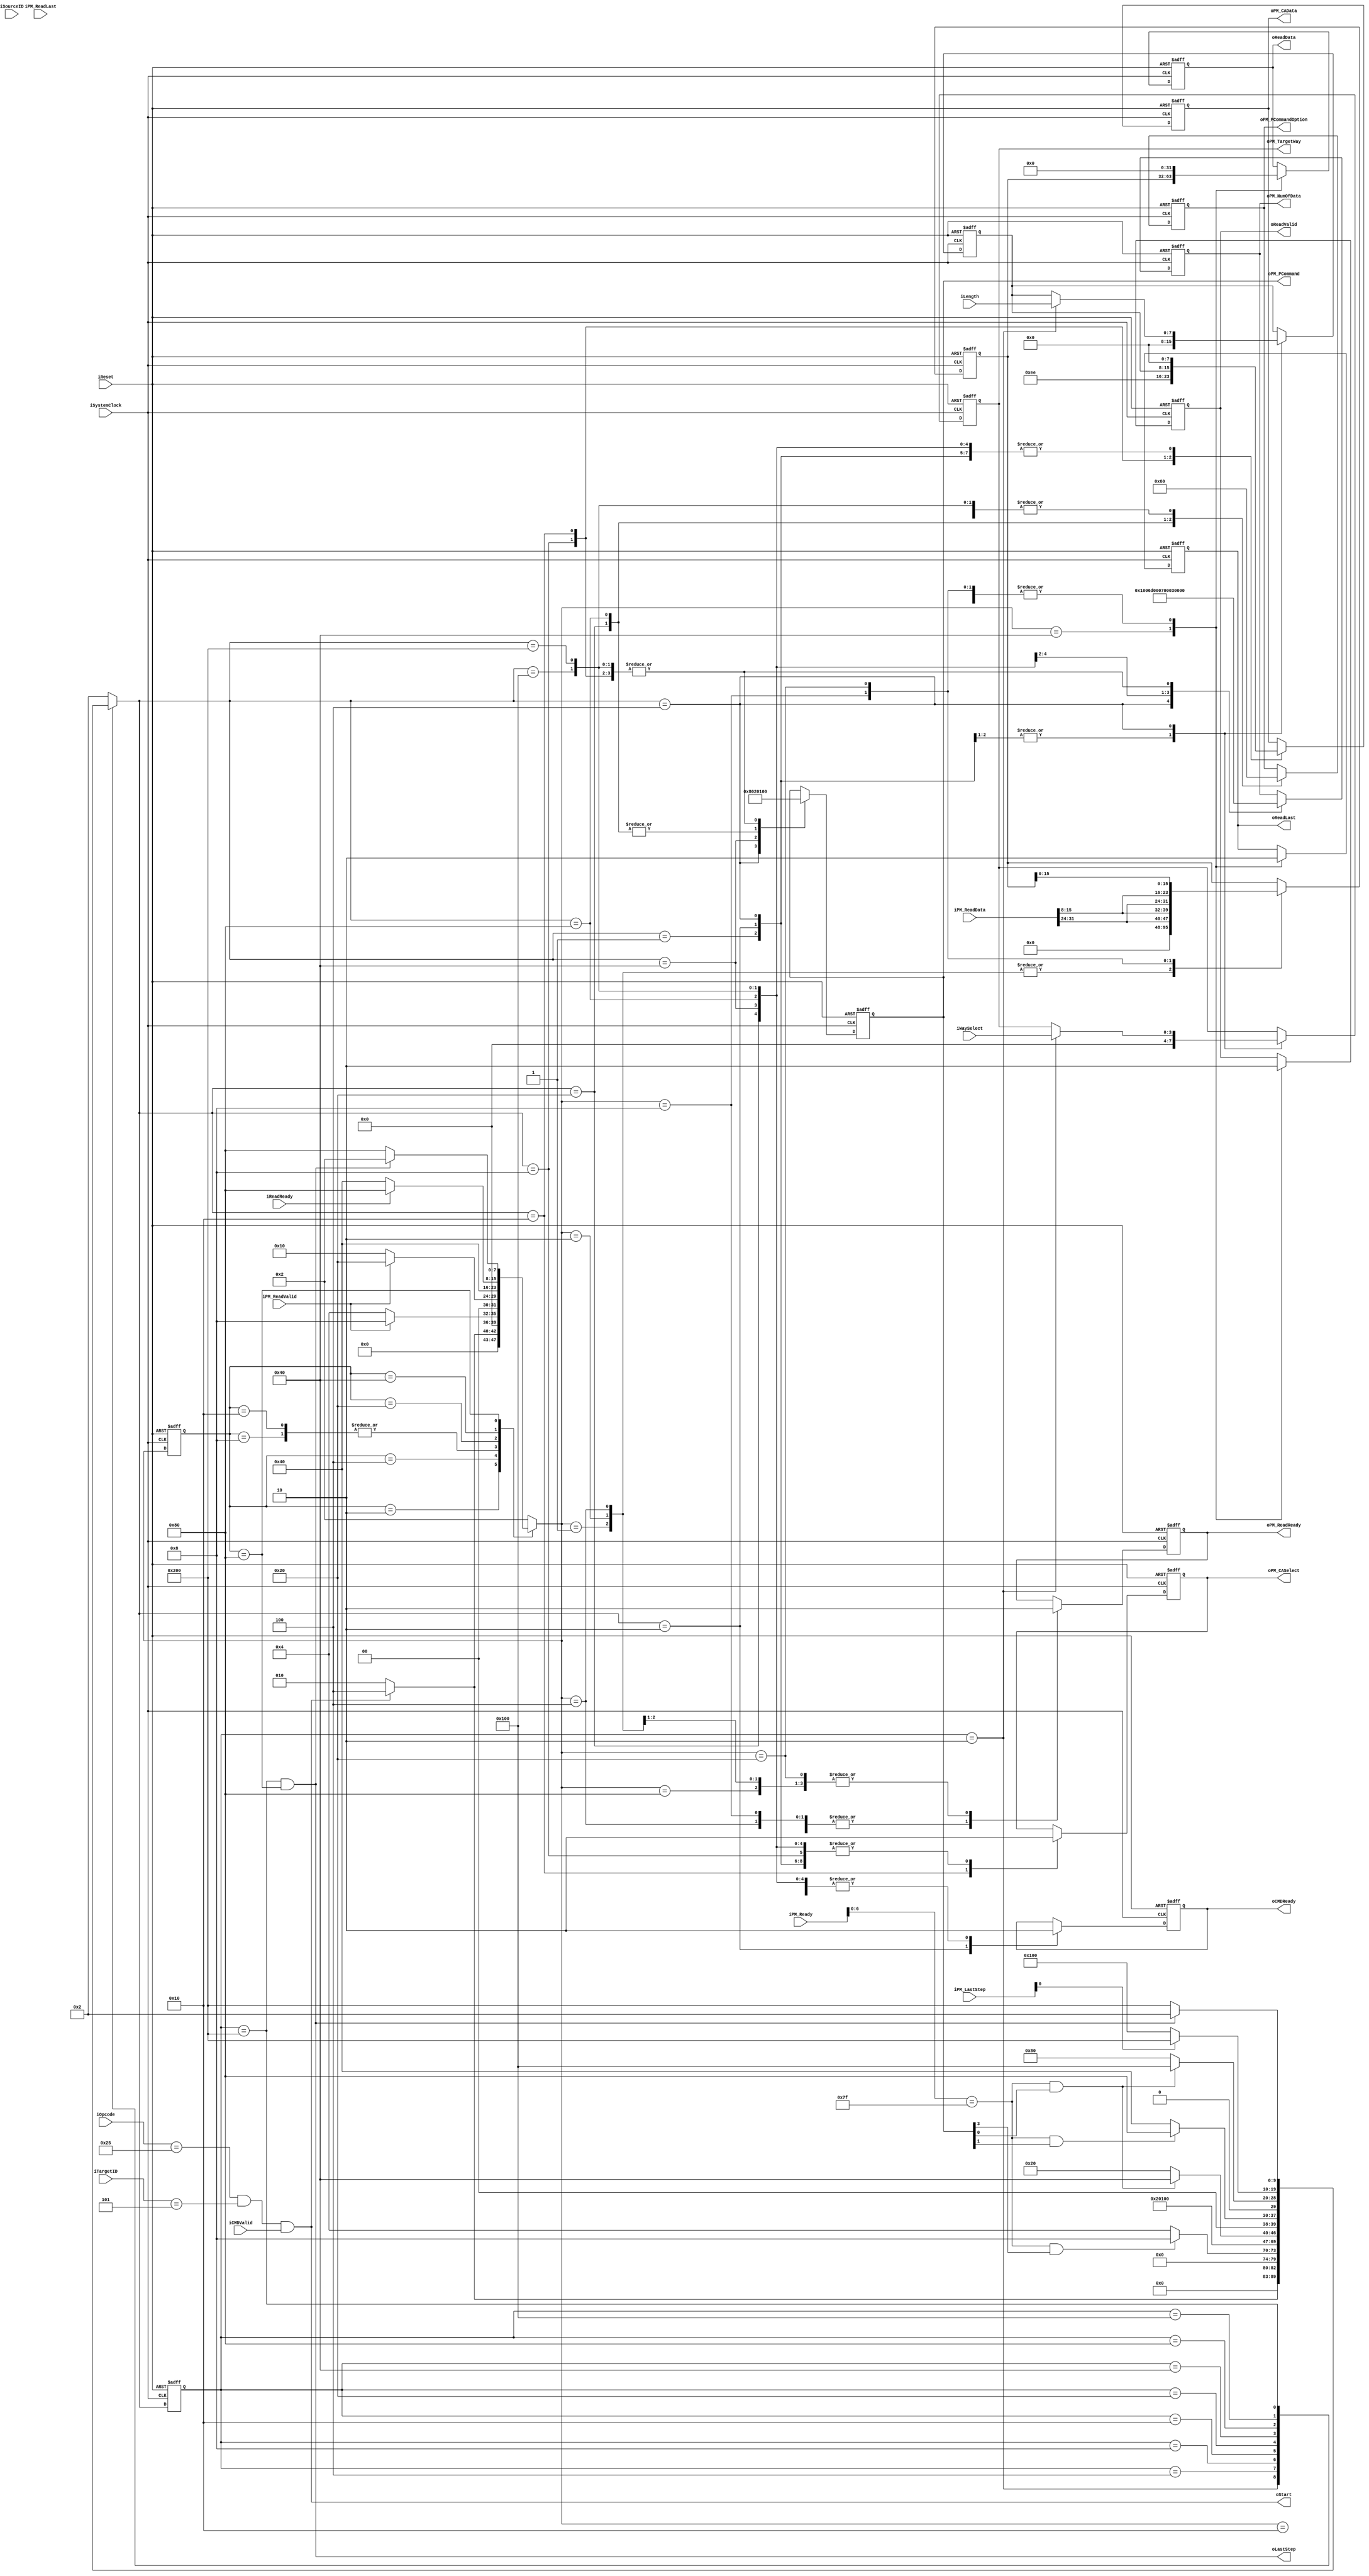
//////////////////////////////////////////////////////////////////////////////////
// NPCG_Toggle_MNC_getFT for Cosmos OpenSSD
// Copyright (c) 2015 Hanyang University ENC Lab.
// Contributed by Ilyong Jung <iyjung@enc.hanyang.ac.kr>
//                Yong Ho Song <yhsong@enc.hanyang.ac.kr>
//
// This file is part of Cosmos OpenSSD.
//
// Cosmos OpenSSD is free software; you can redistribute it and/or modify
// it under the terms of the GNU General Public License as published by
// the Free Software Foundation; either version 3, or (at your option)
// any later version.
//
// Cosmos OpenSSD is distributed in the hope that it will be useful,
// but WITHOUT ANY WARRANTY; without even the implied warranty of
// MERCHANTABILITY or FITNESS FOR A PARTICULAR PURPOSE.
// See the GNU General Public License for more details.
//
// You should have received a copy of the GNU General Public License
// along with Cosmos OpenSSD; see the file COPYING.
// If not, see <http://www.gnu.org/licenses/>. 
//////////////////////////////////////////////////////////////////////////////////

//////////////////////////////////////////////////////////////////////////////////
// Company: ENC Lab. <http://enc.hanyang.ac.kr>
// 
// Project Name: Cosmos OpenSSD
// Design Name: NPCG_Toggle_MNC_getFT
// Module Name: NPCG_Toggle_MNC_getFT
//
// Version: v1.0.0
//
// Description: Get feature execution FSM
//
//////////////////////////////////////////////////////////////////////////////////

//////////////////////////////////////////////////////////////////////////////////
// Revision History:
//
// * v1.0.0
//   - first draft, known issue: error on contiguous execution
//////////////////////////////////////////////////////////////////////////////////
`timescale 1ns / 1ps

module NPCG_Toggle_MNC_getFT
#
(
    parameter NumberOfWays    =   4
)
(
    iSystemClock        ,
    iReset              ,
    iOpcode             ,
    iTargetID           ,
    iSourceID           ,
    iLength             , 
    iCMDValid           ,
    oCMDReady           ,
    oReadData           ,
    oReadLast           ,
    oReadValid          ,
    iReadReady          ,
    iWaySelect          ,
    oStart              ,
    oLastStep           ,
    iPM_Ready           ,
    iPM_LastStep        ,
    oPM_PCommand        ,
    oPM_PCommandOption  ,
    oPM_TargetWay       ,
    oPM_NumOfData       ,
    oPM_CASelect        ,
    oPM_CAData          ,
    iPM_ReadData        ,
    iPM_ReadLast        ,
    iPM_ReadValid       ,
    oPM_ReadReady
);
    input                           iSystemClock            ;
    input                           iReset                  ;
    input   [5:0]                   iOpcode                 ;
    input   [4:0]                   iTargetID               ;
    input   [4:0]                   iSourceID               ;
    input   [7:0]                   iLength                 ; 
    input                           iCMDValid               ;
    output                          oCMDReady               ;
    output  [31:0]                  oReadData               ;
    output                          oReadLast               ;
    output                          oReadValid              ;
    input                           iReadReady              ;
    input   [NumberOfWays - 1:0]    iWaySelect              ;
    output                          oStart                  ;
    output                          oLastStep               ;
    input   [7:0]                   iPM_Ready               ;
    input   [7:0]                   iPM_LastStep            ;
    output  [7:0]                   oPM_PCommand            ;
    output  [2:0]                   oPM_PCommandOption      ;
    output  [NumberOfWays - 1:0]    oPM_TargetWay           ;
    output  [15:0]                  oPM_NumOfData           ;
    output                          oPM_CASelect            ;
    output  [7:0]                   oPM_CAData              ;
    input   [31:0]                  iPM_ReadData            ;
    input                           iPM_ReadLast            ;
    input                           iPM_ReadValid           ;
    output                          oPM_ReadReady           ;
    
    // FSM Parameters/Wires/Regs
    localparam gFT_FSM_BIT = 10; // set Feature
    localparam gFT_RESET = 10'b00000_00001;
    localparam gFT_READY = 10'b00000_00010;
    localparam gFT_CALST = 10'b00000_00100; // capture, CAL start
    localparam gFT_CALD0 = 10'b00000_01000; // CA data 0
    localparam gFT_CALD1 = 10'b00000_10000; // CA data 1
    localparam gFT_TM1ST = 10'b00001_00000; // Timer1 start
    localparam gFT_DI_ST = 10'b00010_00000; // DI start
    localparam gFT_TM2ST = 10'b00100_00000; // Timer2 start
    localparam gFT_WTMDN = 10'b01000_00000; // wait for Timer2 done
    localparam gFT_WAITD = 10'b10000_00000; // wait for request done
    
    reg     [gFT_FSM_BIT-1:0]       r_gFT_cur_state         ;
    reg     [gFT_FSM_BIT-1:0]       r_gFT_nxt_state         ;
    
    localparam pTF_FSM_BIT = 8; // parameter TransFer
    localparam pTF_RESET = 8'b0000_0001;
    localparam pTF_READY = 8'b0000_0010;
    localparam pTF_STDB0 = 8'b0000_0100; // standby 0
    localparam pTF_CPTP0 = 8'b0000_1000; // parameter capture 0: R-P0, R-P1
    localparam pTF_STDB1 = 8'b0001_0000; // standby 1
    localparam pTF_CPTP1 = 8'b0010_0000; // parameter capture 1: R-P2, R-P3
    localparam pTF_PTRSF = 8'b0100_0000; // parameter transfer: R-P0, R-P1, R-P2, R-P3
    localparam pTF_WAITD = 8'b1000_0000; // wait for request done
    
    reg     [pTF_FSM_BIT-1:0]       r_pTF_cur_state         ;
    reg     [pTF_FSM_BIT-1:0]       r_pTF_nxt_state         ;
    
    
    
    // Internal Wires/Regs
    reg     [4:0]                   rSourceID               ;
    
    reg     [7:0]                   rLength                 ;
    
    reg                             rCMDReady               ;
    
    reg     [31:0]                  rReadData               ;
    reg                             rReadLast               ;
    reg                             rReadValid              ;
    
    reg     [NumberOfWays - 1:0]    rWaySelect              ;
    
    wire                            wLastStep               ;
    
    reg     [7:0]                   rPM_PCommand            ;
    reg     [2:0]                   rPM_PCommandOption      ;
    reg     [15:0]                  rPM_NumOfData           ;
    
    reg                             rPM_CASelect            ;
    reg     [7:0]                   rPM_CAData              ;
    
    reg                             rPM_ReadReady           ;
    
    // parameter
    reg     [31:0]                  rParameter              ;
    
    // control signal
    wire                            wPCGStart               ;
    wire                            wCapture                ;
    
    wire                            wPMReady                ;
    
    wire                            wCALReady               ;
    wire                            wCALStart               ;
    wire                            wCALDone                ;
    
    wire                            wTMReady                ;
    wire                            wTMStart                ;
    wire                            wTMDone                 ;
    
    wire                            wDIReady                ;
    wire                            wDIStart                ;
    wire                            wDIDone                 ;
    
    
    
    // Control Signals
    // Flow Contorl
    assign wPCGStart = (iOpcode[5:0] == 6'b100101) & (iTargetID[4:0] == 5'b00101) & iCMDValid;
    assign wCapture = (r_gFT_cur_state[gFT_FSM_BIT-1:0] == gFT_READY);
    
    assign wPMReady = (iPM_Ready[6:0] == 7'b1111111);
    
    assign wCALReady = wPMReady;
    assign wCALStart = wCALReady & rPM_PCommand[3];
    assign wCALDone = iPM_LastStep[3];
    
    assign wTMReady = wPMReady;
    assign wTMStart = wTMReady & rPM_PCommand[0];
    assign wTMDone = iPM_LastStep[0];
    
    assign wDIReady = wPMReady;
    assign wDIStart = wDIReady & rPM_PCommand[1];
    assign wDIDone = iPM_LastStep[1];
    
    assign wLastStep = (r_gFT_cur_state[gFT_FSM_BIT-1:0] == gFT_WAITD) & (r_pTF_cur_state[pTF_FSM_BIT-1:0] == pTF_WAITD);
    
    
    
    // FSM: read STatus
    
    // update current state to next state
    always @ (posedge iSystemClock, posedge iReset) begin
        if (iReset) begin
            r_gFT_cur_state <= gFT_RESET;
        end else begin
            r_gFT_cur_state <= r_gFT_nxt_state;
        end
    end
    
    // deside next state
    always @ ( * ) begin
        case (r_gFT_cur_state)
        gFT_RESET: begin
            r_gFT_nxt_state <= gFT_READY;
        end
        gFT_READY: begin
            r_gFT_nxt_state <= (wPCGStart)? gFT_CALST:gFT_READY;
        end
        gFT_CALST: begin
            r_gFT_nxt_state <= (wCALStart)? gFT_CALD0:gFT_CALST;
        end
        gFT_CALD0: begin
            r_gFT_nxt_state <= gFT_CALD1;
        end
        gFT_CALD1: begin
            r_gFT_nxt_state <= gFT_TM1ST;
        end
        gFT_TM1ST: begin
            r_gFT_nxt_state <= (wTMStart)? gFT_DI_ST:gFT_TM1ST;
        end
        gFT_DI_ST: begin
            r_gFT_nxt_state <= (wDIStart)? gFT_TM2ST:gFT_DI_ST;
        end
        gFT_TM2ST: begin
            r_gFT_nxt_state <= (wTMStart)? gFT_WTMDN:gFT_TM2ST;
        end
        gFT_WTMDN: begin
            r_gFT_nxt_state <= (wTMDone)? gFT_WAITD:gFT_WTMDN;
        end
        gFT_WAITD: begin
            r_gFT_nxt_state <= (wLastStep)? gFT_READY:gFT_WAITD;
        end
        default:
            r_gFT_nxt_state <= gFT_READY;
        endcase
    end
    
    // state behaviour
    always @ (posedge iSystemClock, posedge iReset) begin
        if (iReset) begin
            rSourceID[4:0]                  <= 0;
            rLength[7:0]                    <= 0;
            rCMDReady                       <= 0;
            rWaySelect[NumberOfWays - 1:0]  <= 0;
            
            rPM_PCommand[7:0]               <= 0;
            rPM_PCommandOption[2:0]         <= 0;
            rPM_NumOfData[15:0]             <= 0;
            
            rPM_CASelect                    <= 0;
            rPM_CAData[7:0]                 <= 0;
        end else begin
            case (r_gFT_nxt_state)
                gFT_RESET: begin
                    rSourceID[4:0]                  <= 0;
                    rLength[7:0]                    <= 0;
                    rCMDReady                       <= 0;
                    rWaySelect[NumberOfWays - 1:0]  <= 0;
                    
                    rPM_PCommand[7:0]               <= 0;
                    rPM_PCommandOption[2:0]         <= 0;
                    rPM_NumOfData[15:0]             <= 0;
                    
                    rPM_CASelect                    <= 0;
                    rPM_CAData[7:0]                 <= 0;
                end
                gFT_READY: begin
                    rSourceID[4:0]                  <= 0;
                    rLength[7:0]                    <= 0;
                    rCMDReady                       <= 1;
                    rWaySelect[NumberOfWays - 1:0]  <= 0;
                    
                    rPM_PCommand[7:0]               <= 0;
                    rPM_PCommandOption[2:0]         <= 0;
                    rPM_NumOfData[15:0]             <= 0;
                    
                    rPM_CASelect                    <= 0;
                    rPM_CAData[7:0]                 <= 0;
                end
                gFT_CALST: begin
                    rSourceID[4:0]                  <= (wCapture)? iSourceID[4:0]:rSourceID[4:0];
                    rLength[7:0]                    <= (wCapture)? iLength[7:0]:rLength[7:0];
                    rCMDReady                       <= 0;
                    rWaySelect[NumberOfWays - 1:0]  <= (wCapture)? iWaySelect[NumberOfWays - 1:0]:rWaySelect[NumberOfWays - 1:0];
                    
                    rPM_PCommand[7:0]               <= 8'b0000_1000;
                    rPM_PCommandOption[2:0]         <= 0;
                    rPM_NumOfData[15:0]             <= 15'd1; // 2
                    
                    rPM_CASelect                    <= 0;
                    rPM_CAData[7:0]                 <= 0;
                end
                gFT_CALD0: begin
                    rSourceID[4:0]                  <= rSourceID[4:0];
                    rLength[7:0]                    <= rLength[7:0];
                    rCMDReady                       <= 0;
                    rWaySelect[NumberOfWays - 1:0]  <= rWaySelect[NumberOfWays - 1:0];
                    
                    rPM_PCommand[7:0]               <= 0;
                    rPM_PCommandOption[2:0]         <= 0;
                    rPM_NumOfData[15:0]             <= 0;
                    
                    rPM_CASelect                    <= 1'b0; // command
                    rPM_CAData[7:0]                 <= 8'hEE;
                end
                gFT_CALD1: begin
                    rSourceID[4:0]                  <= rSourceID[4:0];
                    rLength[7:0]                    <= rLength[7:0];
                    rCMDReady                       <= 0;
                    rWaySelect[NumberOfWays - 1:0]  <= rWaySelect[NumberOfWays - 1:0];
                    
                    rPM_PCommand[7:0]               <= 0;
                    rPM_PCommandOption[2:0]         <= 0;
                    rPM_NumOfData[15:0]             <= 0;
                    
                    rPM_CASelect                    <= 1'b1; // address
                    rPM_CAData[7:0]                 <= rLength[7:0];
                end
                gFT_TM1ST: begin
                    rSourceID[4:0]                  <= rSourceID[4:0];
                    rLength[7:0]                    <= rLength[7:0];
                    rCMDReady                       <= 0;
                    rWaySelect[NumberOfWays - 1:0]  <= rWaySelect[NumberOfWays - 1:0];
                    
                    rPM_PCommand[7:0]               <= 8'b0000_0001;
                    rPM_PCommandOption[2:0]         <= 3'b001; // CE on
                    rPM_NumOfData[15:0]             <= 16'd109; // 1100 ns
                    
                    rPM_CASelect                    <= 0;
                    rPM_CAData[7:0]                 <= 0;
                end
                gFT_DI_ST: begin
                    rSourceID[4:0]                  <= rSourceID[4:0];
                    rLength[7:0]                    <= rLength[7:0];
                    rCMDReady                       <= 0;
                    rWaySelect[NumberOfWays - 1:0]  <= rWaySelect[NumberOfWays - 1:0];
                    
                    rPM_PCommand[7:0]               <= 8'b0000_0010;
                    rPM_PCommandOption[2:0]         <= 3'b000; // byte input
                    rPM_NumOfData[15:0]             <= 16'd7; // 8
                    
                    rPM_CASelect                    <= 0;
                    rPM_CAData[7:0]                 <= 0;
                end
                gFT_TM2ST: begin
                    rSourceID[4:0]                  <= rSourceID[4:0];
                    rLength[7:0]                    <= rLength[7:0];
                    rCMDReady                       <= 0;
                    rWaySelect[NumberOfWays - 1:0]  <= rWaySelect[NumberOfWays - 1:0];
                    
                    rPM_PCommand[7:0]               <= 8'b0000_0001;
                    rPM_PCommandOption[2:0]         <= 3'b100;
                    rPM_NumOfData[15:0]             <= 16'd3; // 40 ns
                    
                    rPM_CASelect                    <= 0;
                    rPM_CAData[7:0]                 <= 0;
                end
                gFT_WTMDN: begin
                    rSourceID[4:0]                  <= rSourceID[4:0];
                    rLength[7:0]                    <= rLength[7:0];
                    rCMDReady                       <= 0;
                    rWaySelect[NumberOfWays - 1:0]  <= rWaySelect[NumberOfWays - 1:0];
                    
                    rPM_PCommand[7:0]               <= 0;
                    rPM_PCommandOption[2:0]         <= 0;
                    rPM_NumOfData[15:0]             <= 0;
                    
                    rPM_CASelect                    <= 0;
                    rPM_CAData[7:0]                 <= 0;
                end
                gFT_WAITD: begin
                    rSourceID[4:0]                  <= rSourceID[4:0];
                    rLength[7:0]                    <= rLength[7:0];
                    rCMDReady                       <= 0;
                    rWaySelect[NumberOfWays - 1:0]  <= rWaySelect[NumberOfWays - 1:0];
                    
                    rPM_PCommand[7:0]               <= 0;
                    rPM_PCommandOption[2:0]         <= 0;
                    rPM_NumOfData[15:0]             <= 0;
                    
                    rPM_CASelect                    <= 0;
                    rPM_CAData[7:0]                 <= 0;
                end
            endcase
        end
    end
    
    
    
    // FSM: parameter TransFer
    
    // update current state to next state
    always @ (posedge iSystemClock, posedge iReset) begin
        if (iReset) begin
            r_pTF_cur_state <= pTF_RESET;
        end else begin
            r_pTF_cur_state <= r_pTF_nxt_state;
        end
    end
    
    // deside next state
    always @ ( * ) begin
        case (r_pTF_cur_state)
        pTF_RESET: begin
            r_pTF_nxt_state <= pTF_READY;
        end
        pTF_READY: begin
            r_pTF_nxt_state <= (wPCGStart)? pTF_STDB0:pTF_READY;
        end
        pTF_STDB0: begin
            r_pTF_nxt_state <= (iPM_ReadValid)? pTF_CPTP0:pTF_STDB0;
        end
        pTF_CPTP0: begin
            r_pTF_nxt_state <= (iPM_ReadValid)? pTF_CPTP1:pTF_STDB1;
        end
        pTF_STDB1: begin
            r_pTF_nxt_state <= (iPM_ReadValid)? pTF_CPTP1:pTF_STDB1;
        end
        pTF_CPTP1: begin
            r_pTF_nxt_state <= pTF_PTRSF;
        end
        pTF_PTRSF: begin
            r_pTF_nxt_state <= (iReadReady)? pTF_WAITD:pTF_PTRSF;
        end
        pTF_WAITD: begin
            r_pTF_nxt_state <= (wLastStep)? pTF_READY:pTF_WAITD;
        end
        default:
            r_pTF_nxt_state <= pTF_READY;
        endcase
    end
    
    // state behaviour
    always @ (posedge iSystemClock, posedge iReset) begin
        if (iReset) begin
            rReadData[31:0]     <= 0;
            rReadLast           <= 0;
            rReadValid          <= 0;
            
            rParameter[31:0]    <= 0;
            
            rPM_ReadReady       <= 0;
        end else begin
            case (r_pTF_nxt_state)
                pTF_RESET: begin
                    rReadData[31:0]     <= 0;
                    rReadLast           <= 0;
                    rReadValid          <= 0;
                    
                    rParameter[31:0]    <= 0;
                    
                    rPM_ReadReady       <= 0;
                end
                pTF_READY: begin
                    rReadData[31:0]     <= 0;
                    rReadLast           <= 0;
                    rReadValid          <= 0;
                    
                    rParameter[31:0]    <= 0;
                    
                    rPM_ReadReady       <= 0;
                end
                pTF_STDB0: begin
                    rReadData[31:0]     <= 0;
                    rReadLast           <= 0;
                    rReadValid          <= 0;
                    
                    rParameter[31:0]    <= 0;
                    
                    rPM_ReadReady       <= 1'b1;
                end
                pTF_CPTP0: begin
                    rReadData[31:0]     <= 0;
                    rReadLast           <= 0;
                    rReadValid          <= 0;
                    
                    rParameter[31:0]    <= { 16'h0000, iPM_ReadData[31:24], iPM_ReadData[15:8] };
                    
                    rPM_ReadReady       <= 1'b1;
                end
                pTF_STDB1: begin
                    rReadData[31:0]     <= 0;
                    rReadLast           <= 0;
                    rReadValid          <= 0;
                    
                    rParameter[31:0]    <= rParameter[31:0];
                    
                    rPM_ReadReady       <= 1'b1;
                end
                pTF_CPTP1: begin
                    rReadData[31:0]     <= 0;
                    rReadLast           <= 0;
                    rReadValid          <= 0;
                    
                    rParameter[31:0]    <= { iPM_ReadData[31:24], iPM_ReadData[15:8], rParameter[15:0] };
                    
                    rPM_ReadReady       <= 0;
                end
                pTF_PTRSF: begin
                    rReadData[31:0]     <= rParameter[31:0];
                    rReadLast           <= 1'b1;
                    rReadValid          <= 1'b1;
                    
                    rParameter[31:0]    <= rParameter[31:0];
                    
                    rPM_ReadReady       <= 0;
                end
                pTF_WAITD: begin
                    rReadData[31:0]     <= 0;
                    rReadLast           <= 0;
                    rReadValid          <= 0;
                    
                    rParameter[31:0]    <= rParameter[31:0];
                    
                    rPM_ReadReady       <= 0;
                end
            endcase
        end
    end
    
    
    
    // Output
    assign oCMDReady = rCMDReady;
    
    assign oReadData[31:0] = rReadData;
    assign oReadLast = rReadLast;
    assign oReadValid = rReadValid;
    
    assign oStart = wPCGStart;
    assign oLastStep = wLastStep;
    
    assign oPM_PCommand[7:0] = rPM_PCommand[7:0];
    assign oPM_PCommandOption[2:0] = rPM_PCommandOption[2:0];
    assign oPM_TargetWay[NumberOfWays - 1:0] = rWaySelect[NumberOfWays - 1:0];
    assign oPM_NumOfData[15:0] = rPM_NumOfData[15:0];
    
    assign oPM_CASelect = rPM_CASelect;
    assign oPM_CAData[7:0] = rPM_CAData[7:0]; 
    
    assign oPM_ReadReady = rPM_ReadReady;
    
endmodule